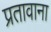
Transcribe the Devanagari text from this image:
प्रतावाना